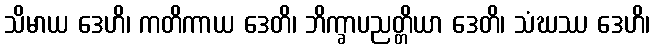
သိမာယ ဒေဟိ၊ ကတိကာယ ဒေတိ၊ ဘိက္ခာပညတ္တိယာ ဒေတိ၊ သံဃဿ ဒေဟိ၊